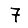
Digit: 7